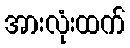
အားလုံးထက်